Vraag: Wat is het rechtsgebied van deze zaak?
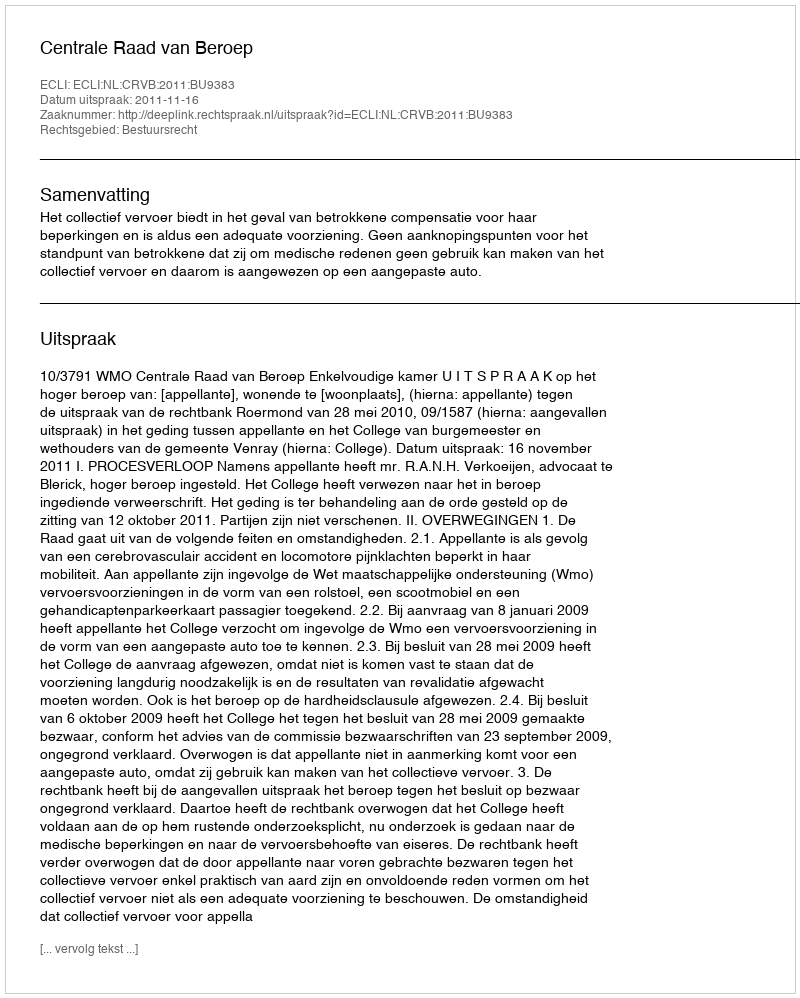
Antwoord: Bestuursrecht